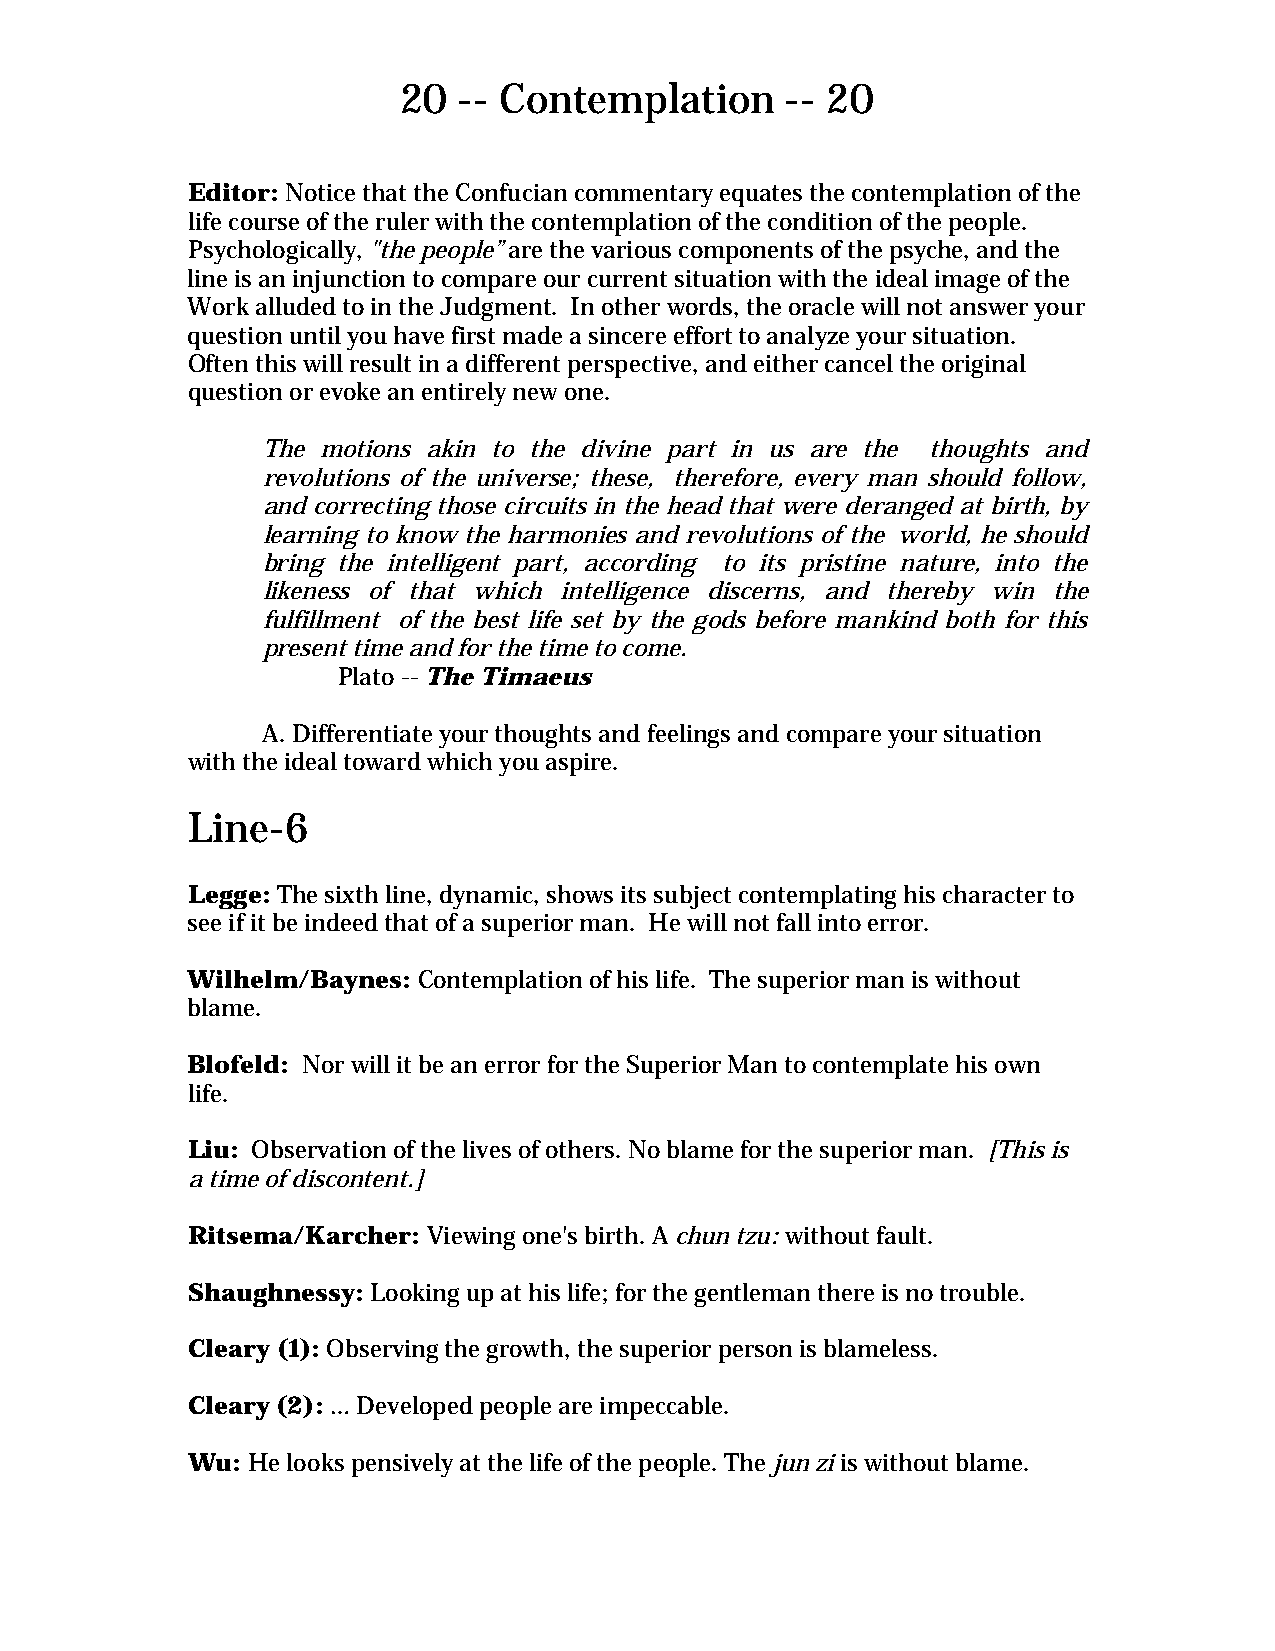
20  -- Contemplation      -- 20
 Editor: Notice that the Confucian commentary equates the contemplation of the
 life course of the ruler with the contemplation of the condition of the people.
 Psychologically, "the people” are the various components of the psyche, and the
 line is an injunction to compare our current situation with the ideal image of the
 Work alluded to in the Judgment. In other words, the oracle will not answer your
 question until you have first made a sincere effort to analyze your situation.
 Often this will result in a different perspective, and either cancel the original
 question or evoke an entirely new one.
 The motions akin to the divine part in us are the thoughts and
 revolutions of the universe; these, therefore, every man should follow,
 and correcting those circuits in the head that were deranged at birth, by
 learning to know the harmonies and revolutions of the world, he should
 bring the intelligent part, according to its pristine nature, into the
 likeness of that which intelligence discerns, and thereby win the
 fulfillment of the best life set by the gods before mankind both for this
 present time and for the time to come.
 Plato -- The Timaeus
 A. Differentiate your thoughts and feelings and compare your situation
 with the ideal toward which you aspire.
 Line-6
 Legge: The sixth line, dynamic, shows its subject contemplating his character to
 see if it be indeed that of a superior man. He will not fall into error.
 Wilhelm/Baynes: Contemplation of his life. The superior man is without
 blame.
 Blofeld: Nor will it be an error for the Superior Man to contemplate his own
 life.
 Liu: Observation of the lives of others. No blame for the superior man. [This is
 a time of discontent.]
 Ritsema/Karcher: Viewing one's birth. A chun tzu: without fault.
 Shaughnessy: Looking up at his life; for the gentleman there is no trouble.
 Cleary (1): Observing the growth, the superior person is blameless.
 Cleary (2): … Developed people are impeccable.
 Wu: He looks pensively at the life of the people. The jun zi is without blame.